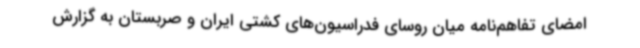
امضای تفاهم‌نامه میان روسای فدراسیون‌های کشتی ایران و صربستان به گزارش